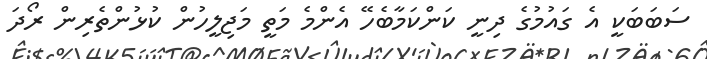
ސަބަބަކީ އެ ގައުމުގެ ދިނީ ކަންކަމާބެހޭ އެންމެ މަތީ މަޖިލީހުން ކުޅުންތެރިން ރޯދަ